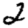
Digit: 2